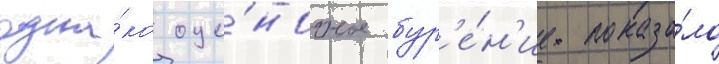
одна́ко оце́ночное бур'е́н'ие показа́ло